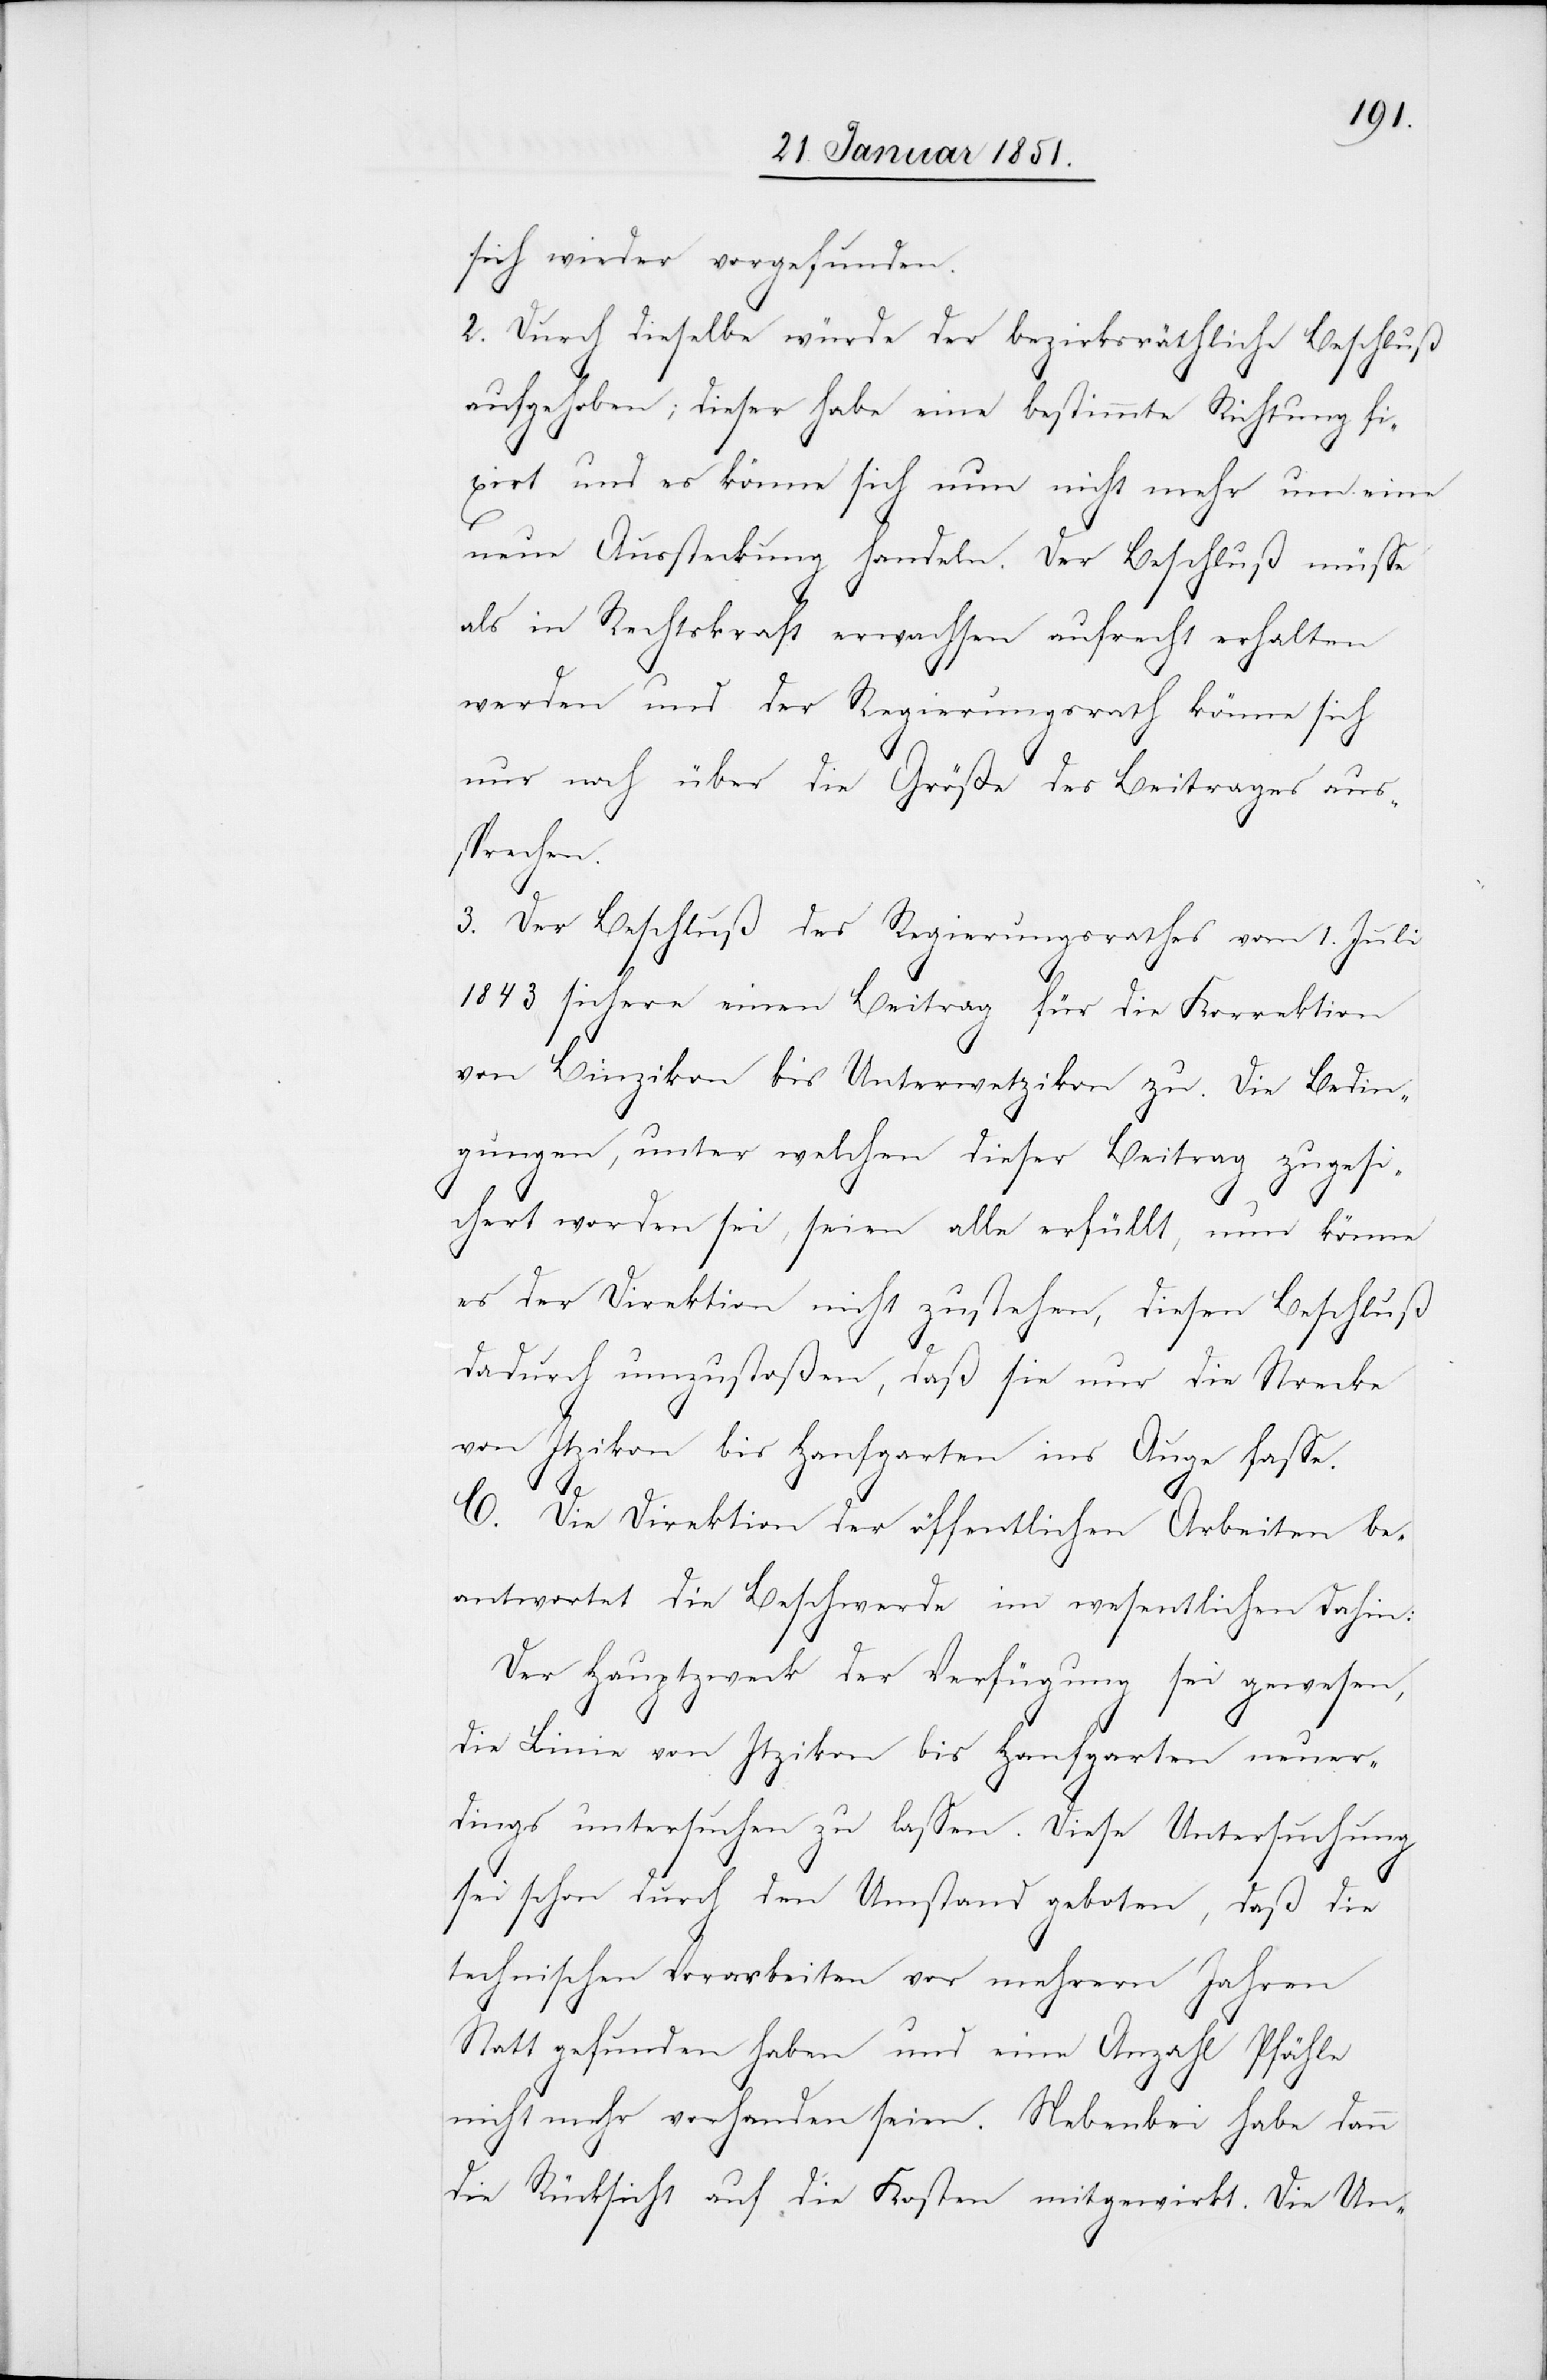
sich wieder vorgefunden.
2. Durch dieselbe würde der bezirksräthliche Beschluß
aufgehoben; dieser habe eine bestimmte Richtung fi¬
xirt und es könne sich nun nicht mehr um eine
neue Aussteckung handeln. Der Beschluß müsse
als in Rechtskraft erwachsen aufrecht erhalten
werden und der Regierungsrath könne sich
nur noch über die Größe des Beitrages aus¬
sprechen.
3. Der Beschluß des Regierungsrathes vom 1. Juli
1843 sichere einen Beitrag für die Korrektion
von Binzikon bis Unterwetzikon zu. Die Bedin¬
gungen, unter welchen dieser Beitrag zugesi¬
chert worden sei, seien alle erfüllt, nun könne
es der Direktion nicht zustehen, diesen Beschluß
dadurch umzustoßen, daß sie nur die Strecke
von Itzikon bis Hanfgarten ins Auge fasse.
C. Die Direktion der öffentlichen Arbeiten be¬
antwortet die Beschwerde im wesentlichen dahin:
Der Hauptzweck der Verfügung sei gewesen,
die Linie von Itzikon bis Hanfgarten neuer¬
dings untersuchen zu lassen. Diese Untersuchung
sei schon durch den Umstand geboten, daß die
technischen Vorarbeiten vor mehrern Jahren
Statt gefunden haben und eine Anzahl Pfähle
nicht mehr vorhanden seien. Nebenbei habe dann
die Rücksicht auf die Kosten mitgewirkt. Die Un-